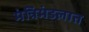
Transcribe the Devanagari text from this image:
मंत्रिमंडलात